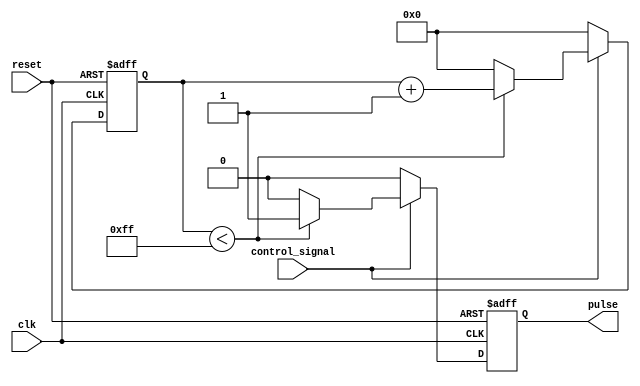
module variable_pulse_width_generator(
    input wire clk,
    input wire reset,
    input wire control_signal,
    output reg pulse
);

reg [7:0] counter;

always @(posedge clk or posedge reset) begin
    if (reset) begin
        counter <= 8'b00000000;
        pulse <= 1'b0;
    end else begin
        if (control_signal) begin
            if (counter < 8'b11111111) begin
                counter <= counter + 1;
                pulse <= 1'b1;
            end else begin
                counter <= 8'b00000000;
                pulse <= 1'b0;
            end
        end else begin
            counter <= 8'b00000000;
            pulse <= 1'b0;
        end
    end
end

endmodule